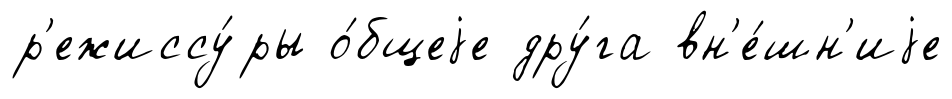
р'ежиссу́ры о́бщеjе дру́га вн'е́шн'иjе